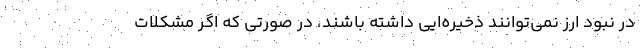
در نبود ارز نمی‌توانند ذخیره‌ایی داشته باشند، در صورتی که اگر مشکلات